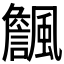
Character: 𱃏